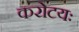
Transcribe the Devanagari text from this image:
करोटयः